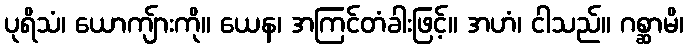
ပုရိသံ၊ ယောကျ်ားကို။ ယေန၊ အကြင်တံခါးဖြင့်။ အဟံ၊ ငါသည်။ ဂစ္ဆာမိ၊